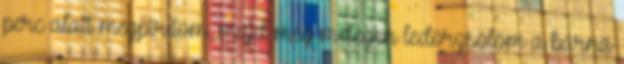
perc alatt megpirítom, majd még melegen ledörzsölöm a barna